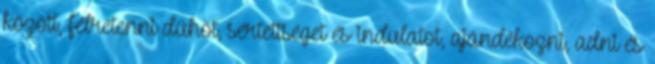
között, félretenni dühöt, sértettséget és indulatot, ajándékozni, adni és